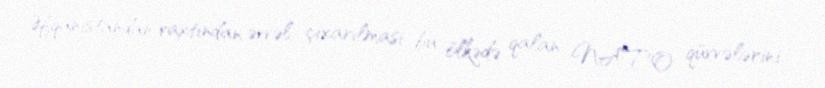
Əfqanıstandan vaxtından əvvəl çıxarılması bu ölkədə qalan NATO qüvvələrini